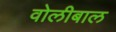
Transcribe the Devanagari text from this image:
वोलीबाल